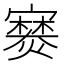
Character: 𫴘